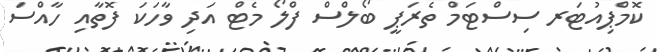
ކޮމްޕިއުޓަރ ސިސްޓަމް ތެރަޕީ ބޯލްސް ފްލޯ މެޓް އަދި ވާހަކަ ފޮތާއި ހާއްސަ